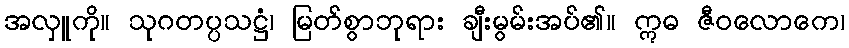
အလှူကို။ သုဂတပ္ပသဋ္ဌံ၊ မြတ်စွာဘုရား ချီးမွမ်းအပ်၏။ ဣဓ ဇီဝလောကေ၊